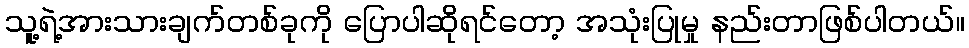
သူ့ရဲ့အားသားချက်တစ်ခုကို ပြောပါဆိုရင်တော့ အသုံးပြုမှု နည်းတာဖြစ်ပါတယ်။